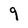
Character: 9